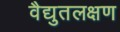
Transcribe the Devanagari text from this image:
वैद्युतलक्षण